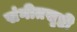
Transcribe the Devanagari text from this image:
संगीतसृष्टी